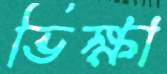
ভিক্ষা